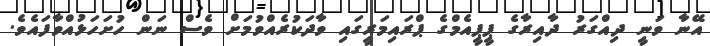
އޭނާ ވަނީ ދިއްގަރު ދާއިރާގެ ޕީޕީއެމްގެ ޕްރައިމަރީގައި ވާދަކުރެއްވުމަށް ވެސް ނަން ހުށަހަޅުއްވާފައެވެ.